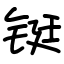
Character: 铤